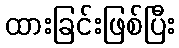
ထားခြင်းဖြစ်ပြီး